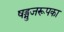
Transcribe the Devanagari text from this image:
षड्भुजरूपका